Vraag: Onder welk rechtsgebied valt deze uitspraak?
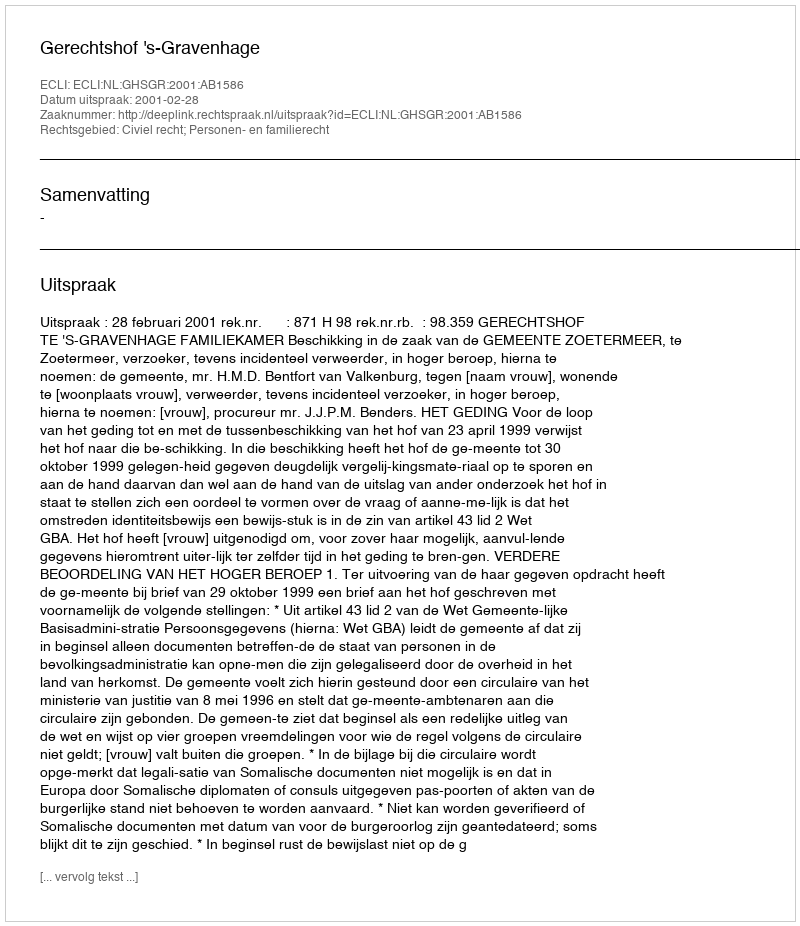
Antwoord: Civiel recht; Personen- en familierecht